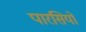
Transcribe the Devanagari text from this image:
पारसियो